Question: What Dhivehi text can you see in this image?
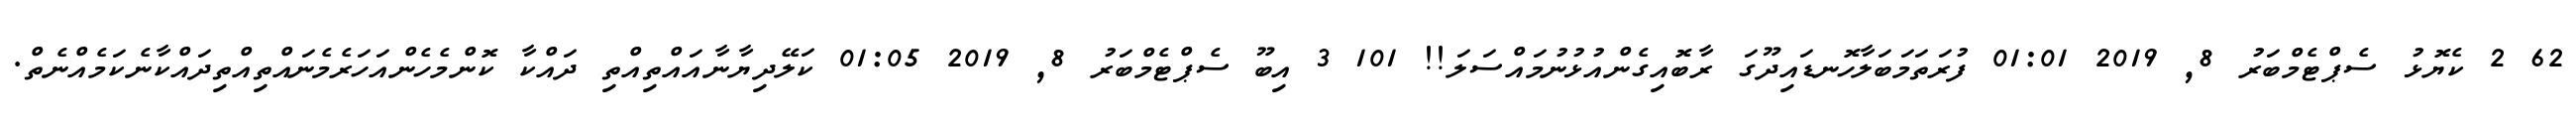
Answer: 62 2 ކެޔޮޅު ސެޕްޓެމްބަރު 8, 2019 01:01 ފުރަތަމަބަލާހޮނޑައިދޫގަ ރާބޮއިގެންއުޅުނުމައްސަލަ!! 101 3 އިބޫ ސެޕްޓެމްބަރު 8, 2019 01:05 ކަލޭދިޔާނާއައްތިއްތި ދައްކާ ކޮންމެހެންއަހަރެމެނައްތިއްތިދައްކާނެކަމެއްނެތް.